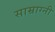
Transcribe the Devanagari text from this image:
साम्राग्नी